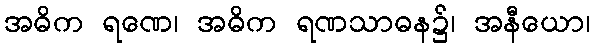
အဓိက ရဏေ၊ အဓိက ရဏသာဓန၌၊ အနီယော၊